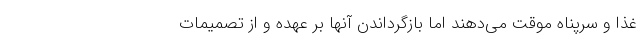
غذا و سرپناه موقت می‌دهند اما بازگرداندن آنها بر عهده و از تصمیمات